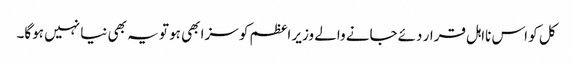
کل کو اس نااہل قرار دئےجانے والے وزیر اعظم کو سزا بھی ہو تو یہ بھی نیا نہیں ہوگا۔